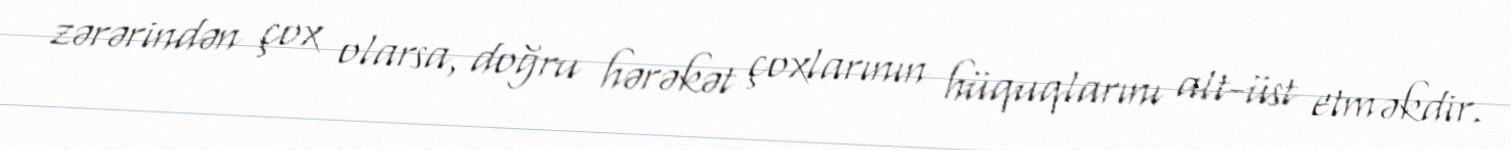
zərərindən çox olarsa, doğru hərəkət çoxlarının hüquqlarını alt-üst etməkdir.